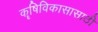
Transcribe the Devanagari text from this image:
कॄषिविकासासाठी